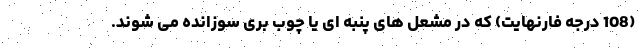
(108 درجه فارنهایت) که در مشعل های پنبه ای یا چوب بری سوزانده می شوند.